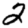
Digit: 2